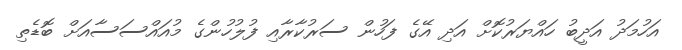
އަހުމަދު އަދީބު ހައްޔަރުކޮށް އަދި އޭގެ ފަހުން ސަރުކާރާއި ފުލުހުންގެ މުއައްސަސާއަށް ބޮޑެތި